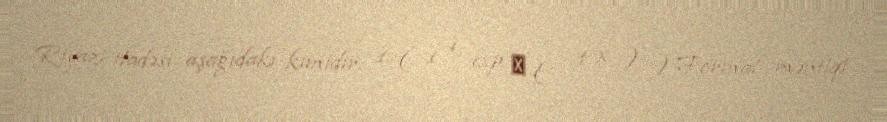
Riyazi ifadəsi aşağıdakı kimidir: 1 ( 1 + exp ⁡ ( − t x ) ) Formal məntiqi